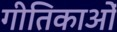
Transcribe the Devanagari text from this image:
गीतिकाओं